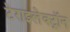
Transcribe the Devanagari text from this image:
टेराइलेक्ट्रॉन